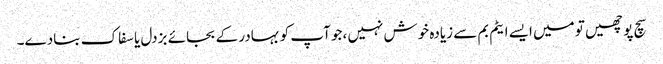
سچ پوچھیں تو میں ایسے ایٹم بم سے زیادہ خوش نہیں ،جو آپ کو بہادر کے بجائے بزدل یا سفاک بنادے۔